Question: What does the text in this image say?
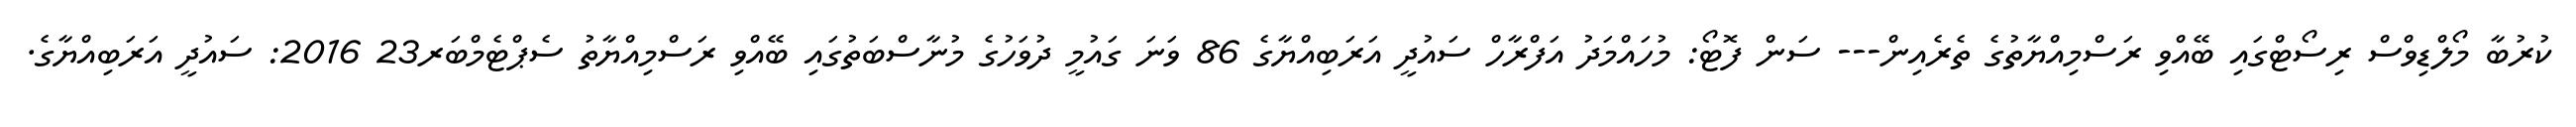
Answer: ކުރުބާ މޯލްޑިވްސް ރިސޯޓްގައި ބޭއްވި ރަސްމިއްޔާތުގެ ތެރެއިން--- ސަން ފޮޓޯ: މުހައްމަދު އަފްރާހް ސައުދީ އަރަބިއްޔާގެ 86 ވަނަ ގައުމީ ދުވަހުގެ މުނާސްބަތުގައި ބޭއްވި ރަސްމިއްޔާތު ސެޕްޓެމްބަރ23 2016: ސައުދީ އަރަބިއްޔާގެ.